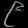
Digit: ၉